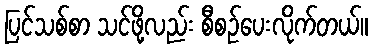
ပြင်သစ်စာ သင်ဖို့လည်း စီစဉ်ပေးလိုက်တယ်။